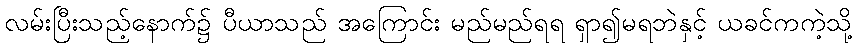
လမ်းပြီးသည့်နောက်၌ ပီယာသည် အကြောင်း မည်မည်ရရ ရှာ၍မရဘဲနှင့် ယခင်ကကဲ့သို့